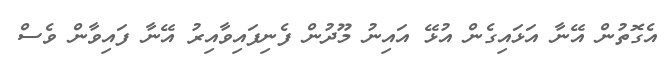
އެގޮތުން އޭނާ އަޅައިގެން އުޅޭ އައިނު މޫދުން ފެނިފައިވާއިރު އޭނާ ފައިވާން ވެސް